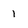
Character: 1